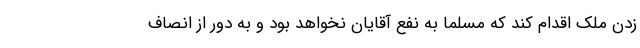
زدن ملک اقدام کند که مسلما به نفع آقایان نخواهد بود و به دور از انصاف